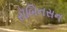
રૉબિનસન